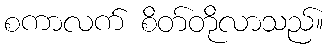
စကာလက် စိတ်တိုလာသည်။